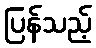
ပြန်သည့်